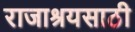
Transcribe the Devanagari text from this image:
राजाश्रयसाठी